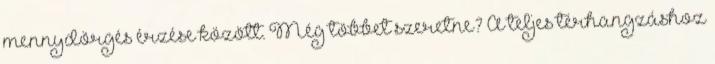
mennydörgés érzése között. Még többet szeretne? A teljes térhangzáshoz